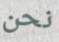
نحن